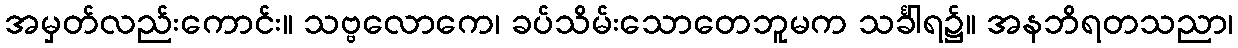
အမှတ်လည်းကောင်း။ သဗ္ဗလောကေ၊ ခပ်သိမ်းသောတေဘူမက သင်္ခါရ၌။ အနဘိရတသညာ၊